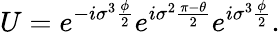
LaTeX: U=e^{-i{\sigma}^{3}\frac{\phi}{2}}e^{i{\sigma}^{2}\frac{\pi-\theta}{2}}e^{i{\sigma}^{3}\frac{\phi}{2}}.